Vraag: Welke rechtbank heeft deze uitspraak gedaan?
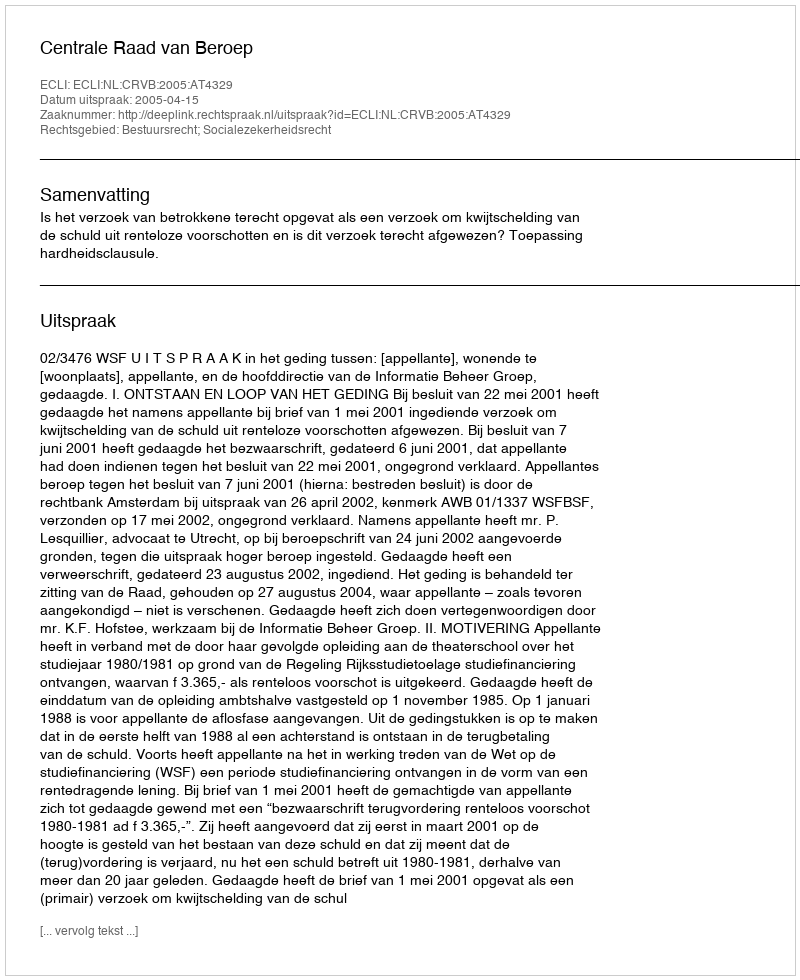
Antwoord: Centrale Raad van Beroep